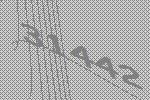
31442